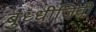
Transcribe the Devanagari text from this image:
बुध्धीजिवी